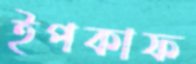
ইপকাফ